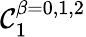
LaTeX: \mathcal{C}_{1}^{\beta=0,1,2}